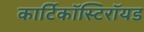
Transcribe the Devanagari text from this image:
कार्टिकॉस्टिरॉयड